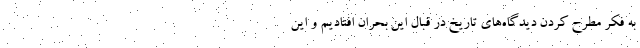
به فکر مطرح کردن دیدگاه‌های تاریخ در قبال این بحران افتادیم و این